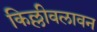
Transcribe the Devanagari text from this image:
किल्लीवलावन